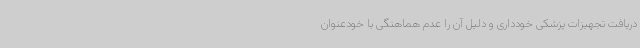
دریافت تجهیزات پزشکی خودداری و دلیل آن را عدم هماهنگی با خودعنوان